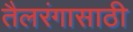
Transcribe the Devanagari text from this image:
तैलरंगासाठी